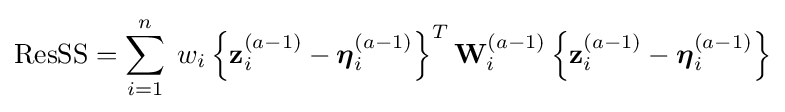
\mathrm {ResSS} =\sum _{i=1}^{n}\;w_{i}\left\{\mathbf {z} _{i}^{(a-1)}-{\boldsymbol {\eta }}_{i}^{(a-1)}\right\}^{T}\mathbf {W} _{i}^{(a-1)}\left\{\mathbf {z} _{i}^{(a-1)}-{\boldsymbol {\eta }}_{i}^{(a-1)}\right\}